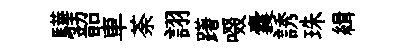
驊韶車荼詡躇啜囊誘珠緝